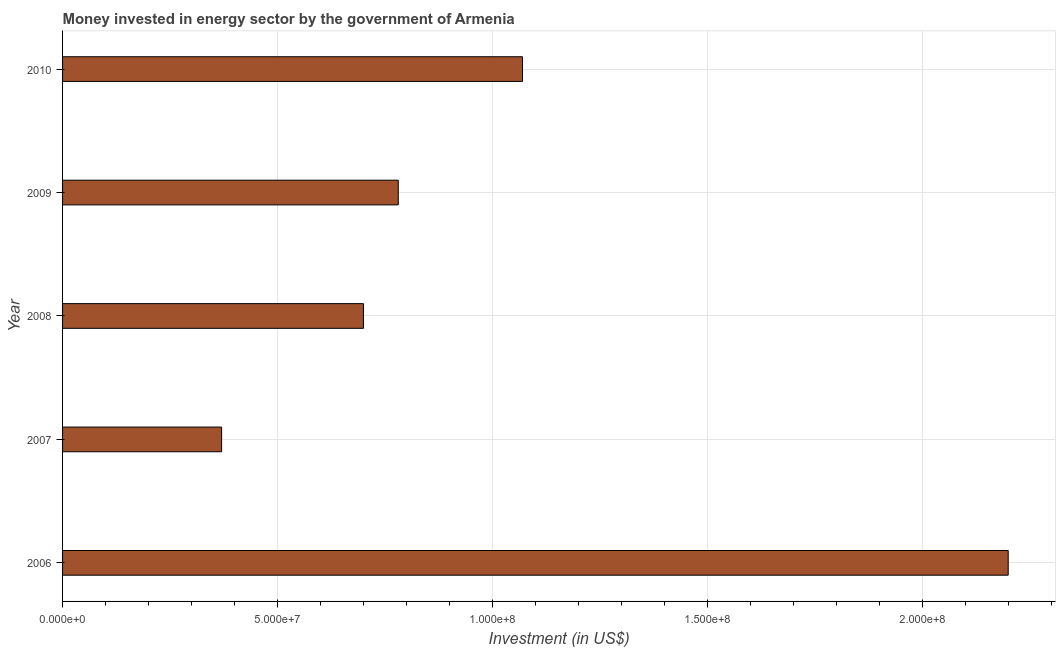
| Year | Investment in energy with private participation (current US$) |
 | --- | --- |
 | 2006 | 2.2e+08 |
 | 2007 | 3.7e+07 |
 | 2008 | 7e+07 |
 | 2009 | 7.81e+07 |
 | 2010 | 1.07e+08 |